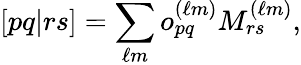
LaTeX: [pq|rs]=\sum_{\ell m}o_{pq}^{(\ell m)}M_{rs}^{(\ell m)},